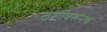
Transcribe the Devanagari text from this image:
ठशांवरूनच